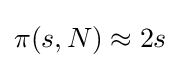
\pi (s,N)\approx 2s